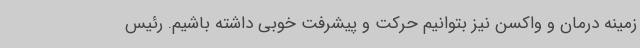
زمینه درمان و واکسن نیز بتوانیم حرکت و پیشرفت خوبی داشته باشیم. رئیس